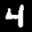
Label: 4